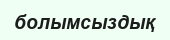
болымсыздық